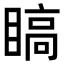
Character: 𬑣